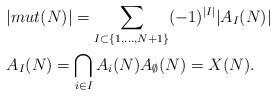
LaTeX: \begin{align*}&|mut(N)|=\sum_{I\subset\{1,\hdots,N+1\}}(-1)^{|I|}|A_I(N)|\\& A_I(N)=\bigcap_{i\in I}A_i(N) A_{\emptyset}(N)=X(N). \end{align*}